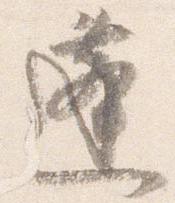
蓬